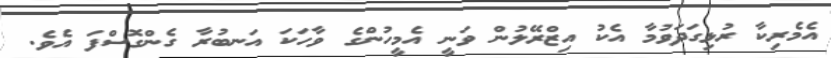
އެމެރިކާ ރުޅިގަދަވުމާ އެކު އިޒްރޭލުން ވަނީ އެމީހުންގެ ވާހަކަ އަނބުރާ ގެންގޮސްފަ އެވެ.